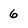
Character: 6